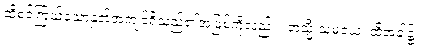
ထိုစင်ကြယ်သောနှုတ်အကျင့်ရှိသည်၏အဖြစ်ကိုလည်း။ တသ္မိံ သမယေ၊ ထိုအခါ၌။